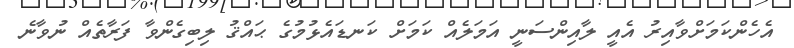
އެހެންކަމަށްވާއިރު އެއީ ލާއިންސަނީ އަމަލެއް ކަމަށް ކަނޑައެޅުމުގެ ޙައްޤު ލިބިގެންވާ ފަރާތެއް ނުވާނެ